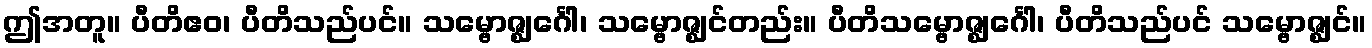
ဤအတူ။ ပီတိဧဝ၊ ပီတိသည်ပင်။ သမ္ဗောဇ္ဈင်္ဂေါ၊ သမ္ဗောဇ္ဈင်တည်း။ ပီတိသမ္ဗောဇ္ဈင်္ဂေါ၊ ပီတိသည်ပင် သမ္ဗောဇ္ဈင်။